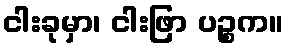
ငါးခုမှာ၊ ငါးဖြာ ပဉ္စက။